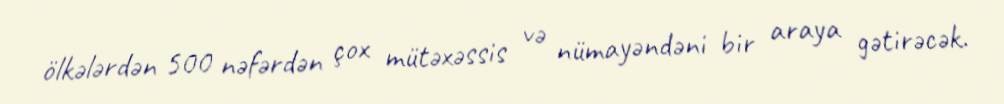
ölkələrdən 500 nəfərdən çox mütəxəssis və nümayəndəni bir araya gətirəcək.